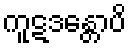
ကူဋဒန္တောပိ